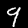
Digit: 9